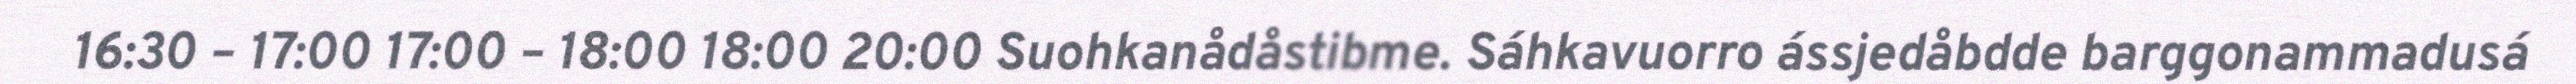
16:30 – 17:00 17:00 – 18:00 18:00 20:00 Suohkanådåstibme. Sáhkavuorro ássjedåbdde barggonammadusá